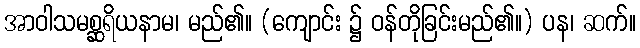
အာဝါသမစ္ဆရိယနာမ၊ မည်၏။ (ကျောင်း ၌ ဝန်တိုခြင်းမည်၏။) ပန၊ ဆက်။